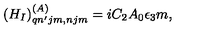
( H _ { I } ) _ { q n ^ { \prime } j m , n j m } ^ { ( A ) } = i C _ { 2 } A _ { 0 } \epsilon _ { 3 } m ,